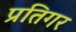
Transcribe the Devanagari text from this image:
प्रतिगर